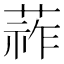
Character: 𦵬